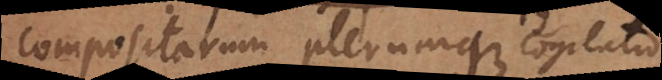
compositarum plerumque cogita